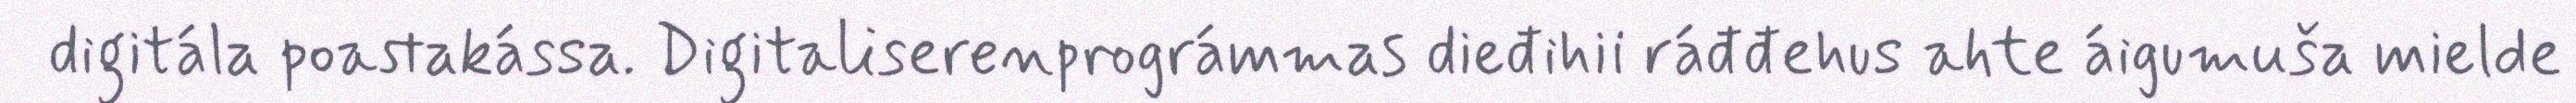
digitála poastakássa. Digitaliserenprográmmas dieđihii ráđđehus ahte áigumuša mielde